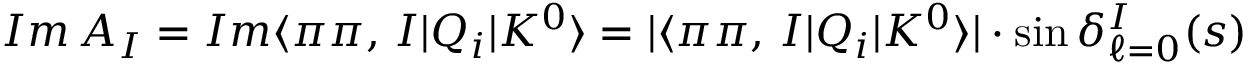
I m \, A _ { I } = I m \langle \pi \pi , \, I | Q _ { i } | K ^ { 0 } \rangle = | \langle \pi \pi , \, I | Q _ { i } | K ^ { 0 } \rangle | \cdot \sin \delta _ { \ell = 0 } ^ { I } ( s )